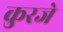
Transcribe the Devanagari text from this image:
कुरजे